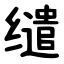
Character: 缱